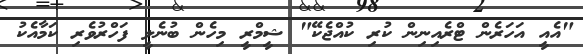
"އެއީ އަހަރެން ޓްރެއިނިން ކުރި ކުއްޖެކޭ" ޝީމްރީ މިހެން ބުނެލީ ފަހްރުވެރި ކަމާއެކު